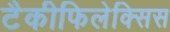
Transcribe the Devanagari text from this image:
टैकीफिलेक्सिस